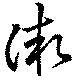
微